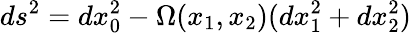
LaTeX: ds^{2}=dx_{0}^{2}-\Omega(x_{1},x_{2})(dx_{1}^{2}+dx_{2}^{2})